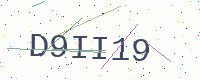
Text: D9II19